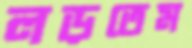
লড়তেম